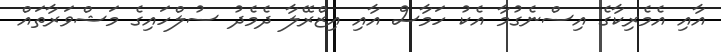
އާއި އެމެރިކާގެ އިސްނެގުމާ އެކު ހަމާސް އާއި އިޒްރޭލާ ދެމެދު ސުލްހައިގެ މަޝްވަރާތައް